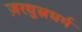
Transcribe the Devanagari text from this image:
ज़रथुस्त्रधर्म